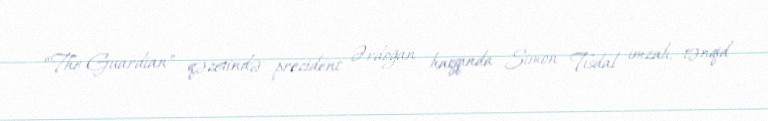
“The Guardian” qəzetində prezident Ərdoğan haqqında Simon Tisdal imzalı, tənqid